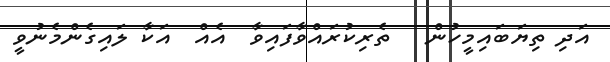
އަދި ތިޔަބައިމީހުން   ތެރިކުރައްވާފައިވާ  އެއް  އަކާ ލައިގެންމެނުވީ